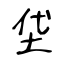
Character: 垡